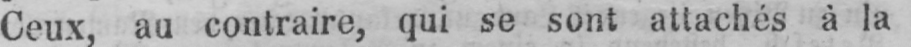
Ceux, au contraire, qui se sont attachés à la